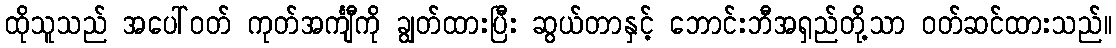
ထိုသူသည် အပေါ်ဝတ် ကုတ်အင်္ကျီကို ချွတ်ထားပြီး ဆွယ်တာနှင့် ဘောင်းဘီအရှည်တို့သာ ဝတ်ဆင်ထားသည်။